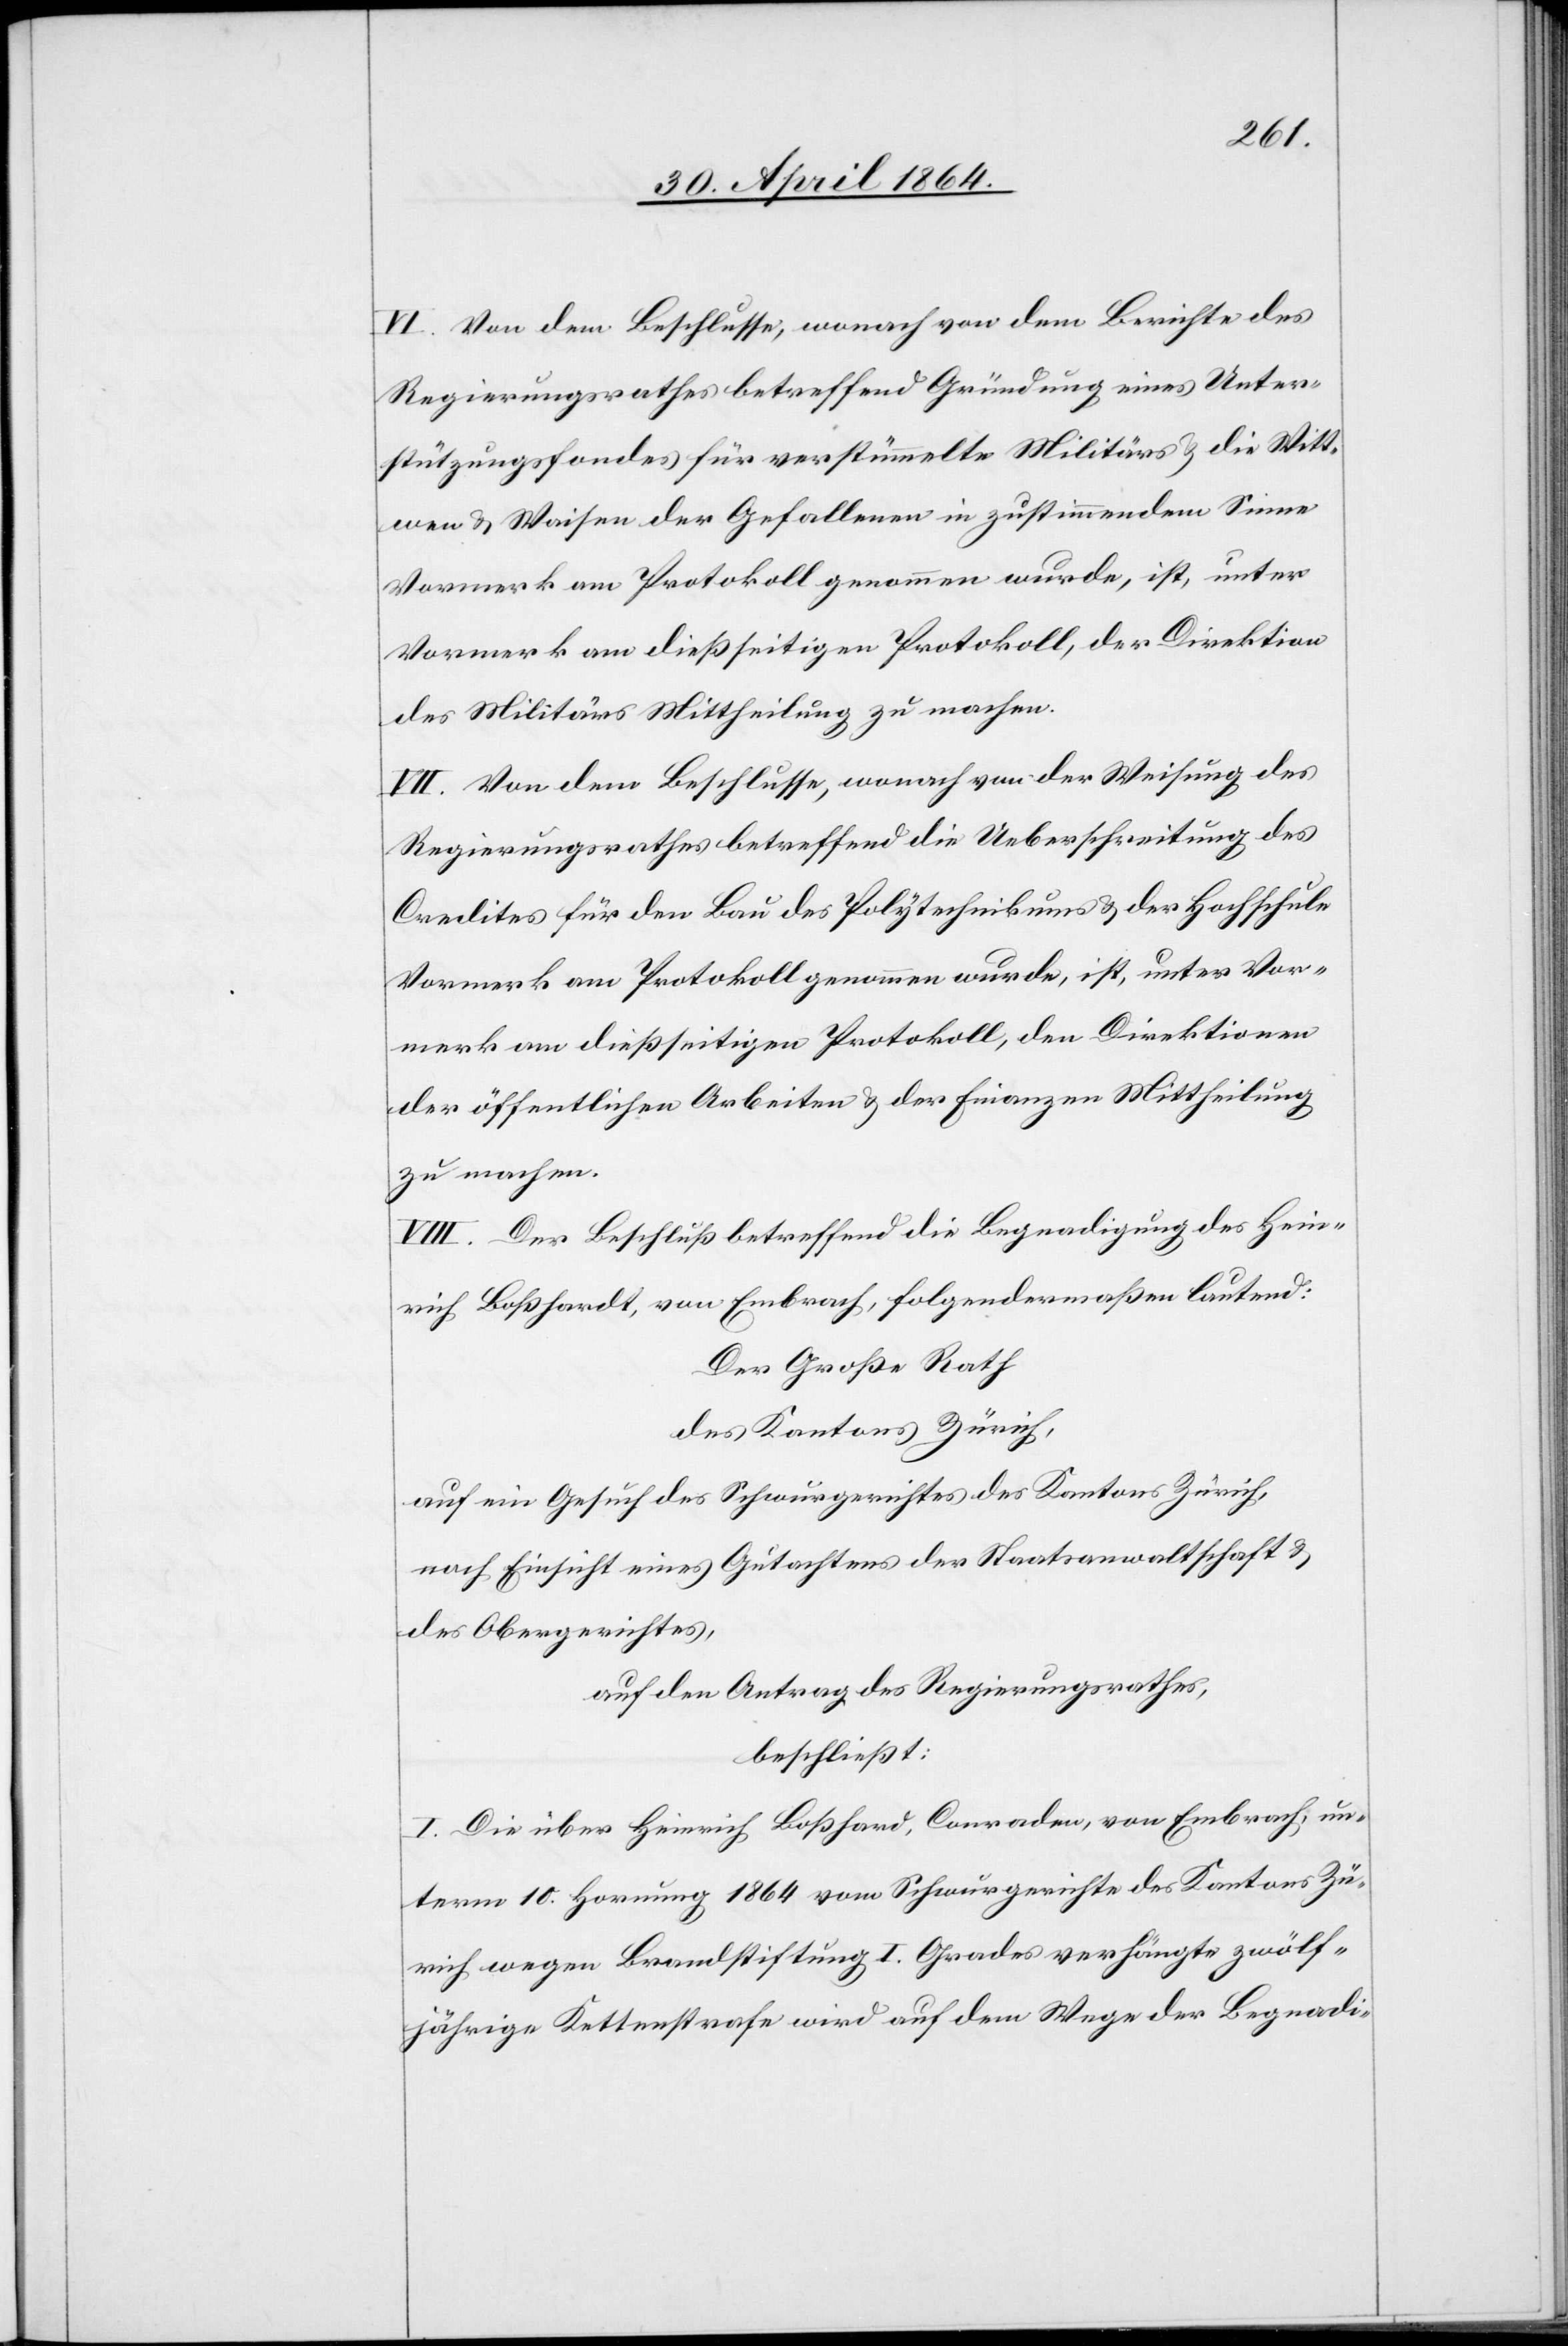
VI. Von dem Beschlusse, wonach von dem Berichte des
Regierungsrathes betreffend Gründung eines Unter¬
stützungsfondes für verstümmelte Militärs u. die Witt¬
wen u. Waisen der Gefallenen in zustimmendem Sinne
Vormerk am Protokoll genommen wurde, ist, unter
Vormerk am dießseitigen Protokoll, der Direktion
des Militärs Mittheilung zu machen.
VIII. Von dem Beschlusse, wonach von der Weisung des
Regierungsrathes betreffend die Ueberschreitung des
Credites für den Bau des Polytechnikums u. der Hochschule
Vormerk am Protokoll genommen wurde, ist, unter Vor¬
merk am dießseitigen Protokoll, den Direktionen
der öffentlichen Arbeiten u. der Finanzen Mittheilung
zu machen.
VIII. Der Beschluß betreffend die Begnadigung des Hein¬
rich Boßhardt, von Embrach, folgendermaßen lautend:
Der Große Rath
des Kantons Zürich,
auf ein Gesuch des Schwurgerichtes des Kantons Zürich,
nach Einsicht eines Gutachtens der Staatsanwaltschaft u.
des Obergerichtes,
auf den Antrag des Regierungsrathes,
beschließt:
I. Die über Heinrich Boßhard, Conraden, von Embrach, un¬
term 10. Hornung 1864 vom Schwurgerichte des Kantons Zü¬
rich wegen Brandstiftung I. Grades verhängte zwölf¬
jährige Kettenstrafe wird auf dem Wege der Begnadi-